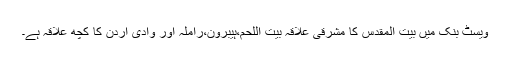
ویسٹ بنک میں بیت المقدس کا مشرقی علاقہ بیت اللحم،ہیبرون،راملہ اور وادی اُردن کا کچھ علاقہ ہے۔